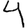
Digit: 4